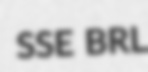
SSE BRL